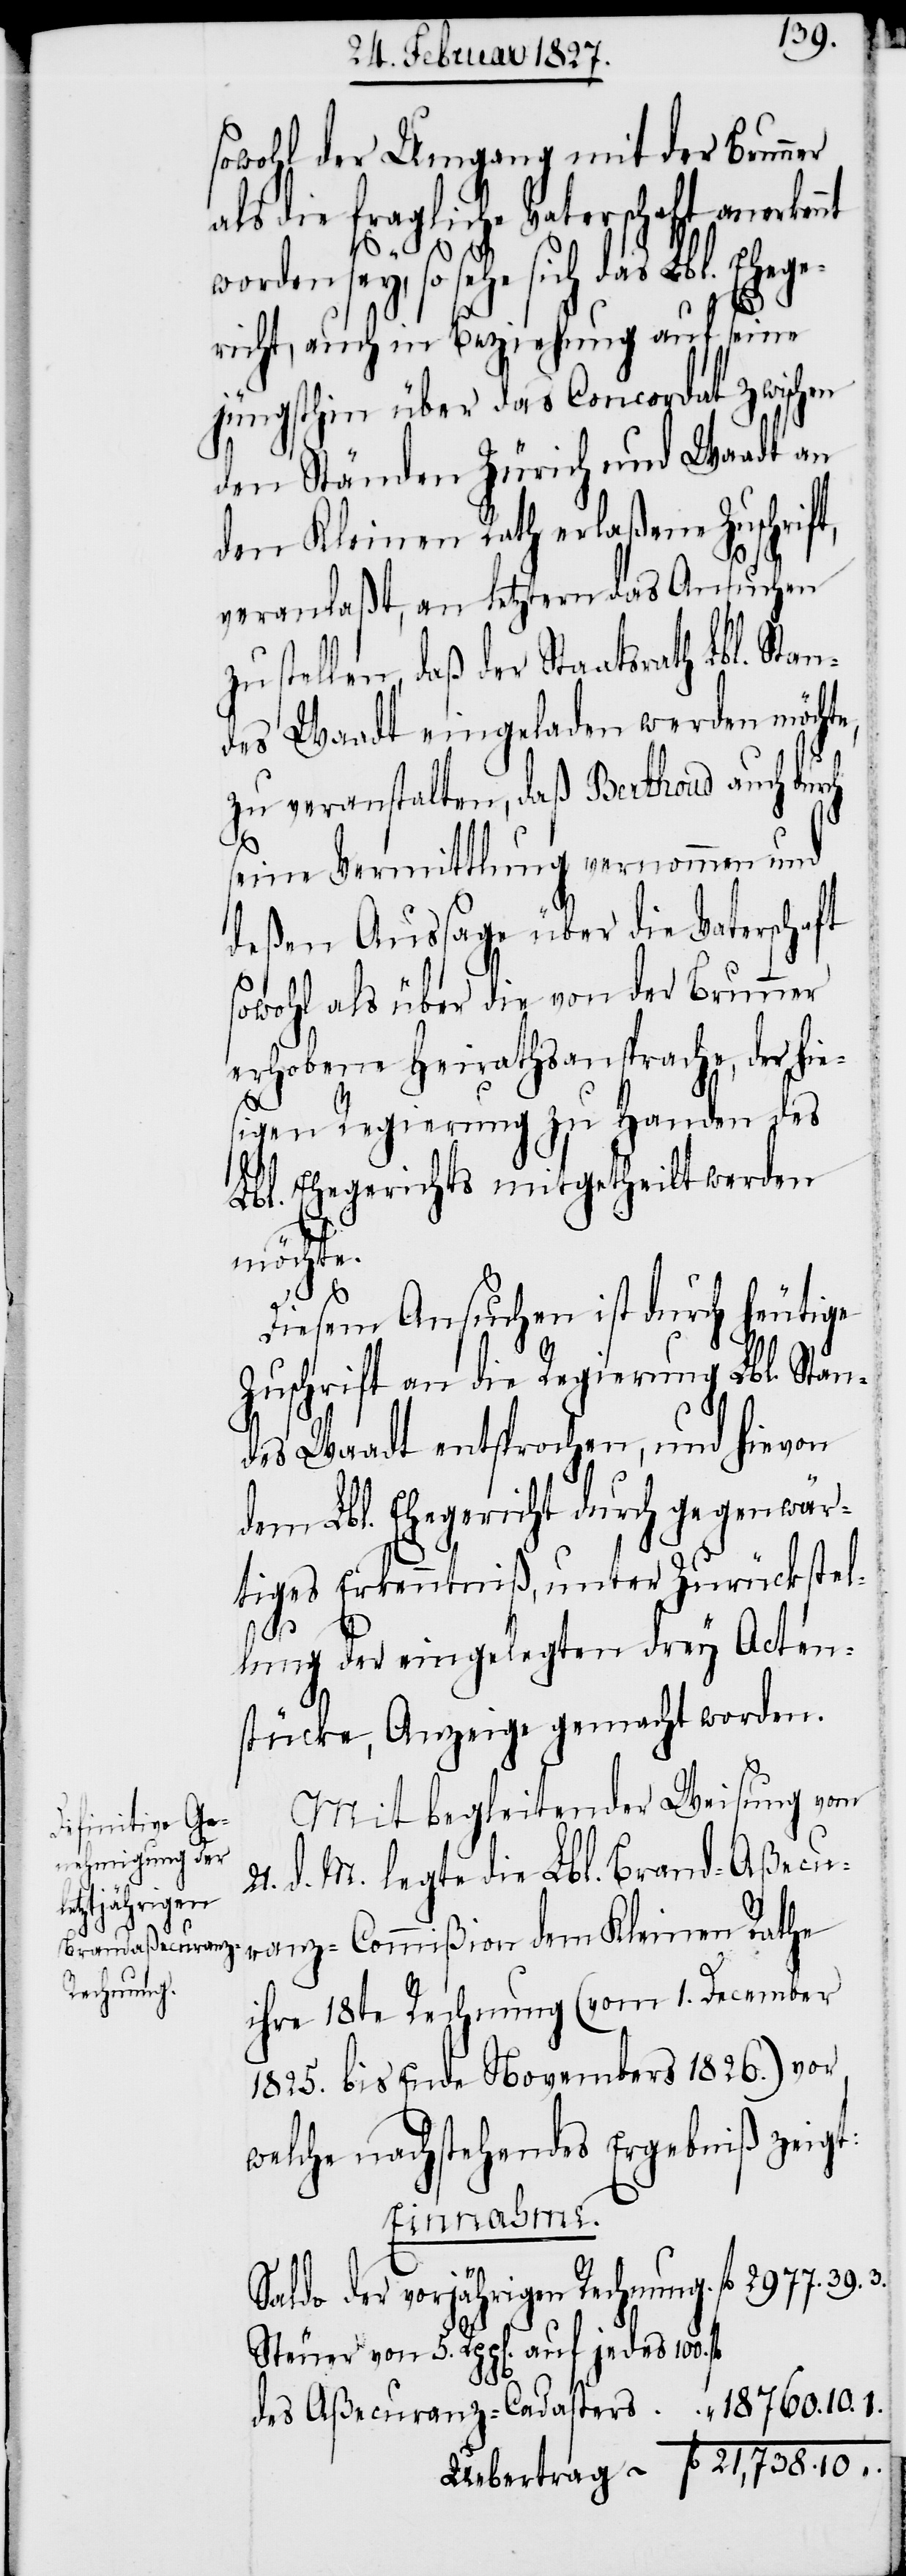
sowohl der Umgang mit der Brunner
als die fragliche Vaterschaft anerken¬
sey, so sehe sich das Lbl. Ehege¬
richt, auch in Beziehung auf seine
jüngsthin über das Concordat zwischen
den Ständen Zürich und Waadt an
den Kleinen Rath erlaßene Zuschrift,
veranlaßt, an letztern das Ansuchen
zu stellen, daß der Staatsrath Lbl. Stan¬
des Waadt eingeladen werden möchte,
zu veranstalten, daß Berthoud auch durch
seine Vermittlung vernommen und
deßen Aussage über die Vaterschaft
sowohl als über die von der Brunner
erhobene Heirathsansprache, der hie¬
sigen Regierung zu Handen des
Lbl. Ehegerichts mitgetheilt werden
möchte.
Diesem Ansuchen ist durch heutige
Zuschrift an die Regierung Lbl. Stan¬
des Waadt entsprochen, und hievon
dem Lbl. Ehegericht durch gegenwär¬
tiges Erkenntniß, unter Zurückstel¬
lung der eingelegten drey Acten¬
stücke, Anzeige gemacht worden.
Mit begleitender Weisung vom
d. M. legte die Lbl. Brand-Aßecu¬
21.
nt worden
ranz-Commißion dem Kleinen Rathe
ihre 18te Rechnung (vom 1. December
1825. bis Ende Novembers 1826.) vor,
welche nachstehendes Ergebniß zeigt:
Einnahme.
Saldo der vorjährigen Rechnung.
Steuer von 5. Rpp[en]. auf jedes 100.